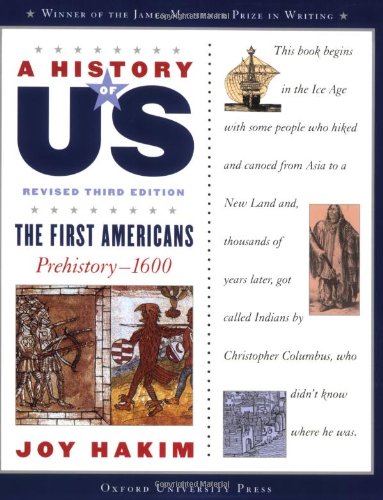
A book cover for A History of US: Eleven-Volume Set: Paperback Set; Joy Hakim; Children's Books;